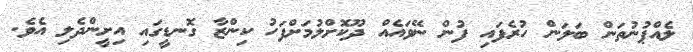
ލެއްޕުނުތަން ބަލަން ހުރެފައި ފުން ނޭވައެއް ދޫކޮށްލުމަށްފަހު ކިންޒާ ގޮނޑީގައި އިށީންދެލި އެވެ.